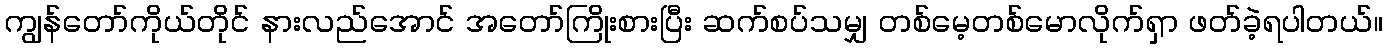
ကျွန်တော်ကိုယ်တိုင် နားလည်အောင် အတော်ကြိုးစားပြီး ဆက်စပ်သမျှ တစ်မေ့တစ်မောလိုက်ရှာ ဖတ်ခဲ့ရပါတယ်။